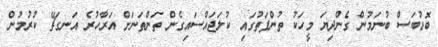
ބޮޑުބަސް ބުނަމުން ގެންދިޔަ މީހަކު ތުންފަތުގައި ކުލަޖައްސައިގެން ތަންތަނަށް އަރާހުރެ އަނގަޗޭ ކުރުމުން